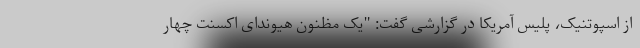
از اسپوتنیک، پلیس آمریکا در گزارشی گفت: "یک مظنون هیوندای اکسنت چهار